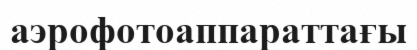
аэрофотоаппараттағы